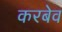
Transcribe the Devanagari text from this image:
करबेव